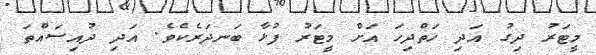
މީޓަރު ދިގު އަދި ހަތްދިހަ އަށް މީޓަރު ފުޅާ ބަނދަރެކެވެ. އަދި ދުއިސައްތަ